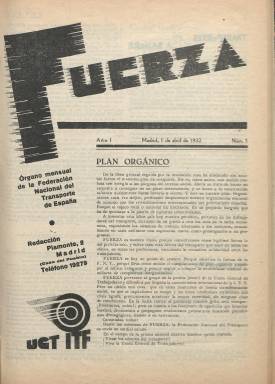
Título: Fuerza (Madrid)
Colección: Prensa sindical
Ámbito geográfico: Madrid
Lugar de publicación: Valencia
Fechas: 01/04/1932-30/09/1938

Órgano mensual de la Federación Nacional del Transporte de España (FNT), adscrita a la Unión General de Trabajadores (UGT) y a la Federación Internacional de los Obreros del Transporte (ITF). Comenzó a publicarse en abril de 1932. Sus entregas son de ocho páginas, compuestas a una o dos columnas, estampadas en la imprenta Gráfica Socialista. Su redacción estuvo en la Casa del Pueblo, de la madrileña calle de Piamonte. El congreso constituyente de la FNT se había celebrado en febrero de 1928, al que se sumaron las distintas sociedades de trabajadores del transporte terrestre hasta entonces existentes, agrupando en ella a conductores de automóviles u obreros del transporte mecánico, empleados de tranvías o tranviarios, conductores de carruajes (transporte a sangre) y mozos de carga y descarga. En 1931 sumaba en torno a 18.000 afiliados, y, en 1933, superaba ya los 30.000. Se trata de una publicación muy combativa y fuertemente politizada del movimiento obrero de la II República española, que insertó dibujos (algunos firmados por Hoz) y fotograbados de actualidad.

Además de dar cuenta de la actividad del sindicato adscrito al Partido Socialista y de las luchas obreras (reivindicaciones, huelgas, etc.), también sus artículos doctrinales reflejan la lucha revolucionaria entablada contra los denominados partidos burgueses. Generalmente cada entrega comienza con un editorial y bajo sus artículos aparecen las firmas de dirigentes sindicales como Francisco Hernández, Carlos Hernández, F. Garrigós, Manuel Vidal, Francisco Barranco o José Laín, así como de destacados socialistas de la época, entre los que se encontraban Luis Araquistáin (1886-1959) o Luis Álvarez del Vayo (1891-1975), afines al líder ugetista Francisco Largo Caballero (1869-1946), entre otros. Sus páginas centrales las dedica a ofrecer información sobre el movimiento de afiliados del sindicato, y también inserta artículos de carácter profesional y comunicados de prensa del comité ejecutivo; y dedica especial atención en sus entregas de mayo a la celebración del día internacional del trabajo.

La colección de este título en la Biblioteca Nacional de España (BNE) no está completa. En su catálogo también figura la revista editada por el comité provincial madrileño de este sindicato socialista, publicada bajo los títulos Transporte (1926-1935) y Transporte U.G.T. (1935-1936).

[Descripción modificada el 10/10/2022]